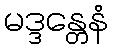
မဒ္ဒန္တေနံ